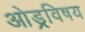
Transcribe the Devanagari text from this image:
ओड्रविषय